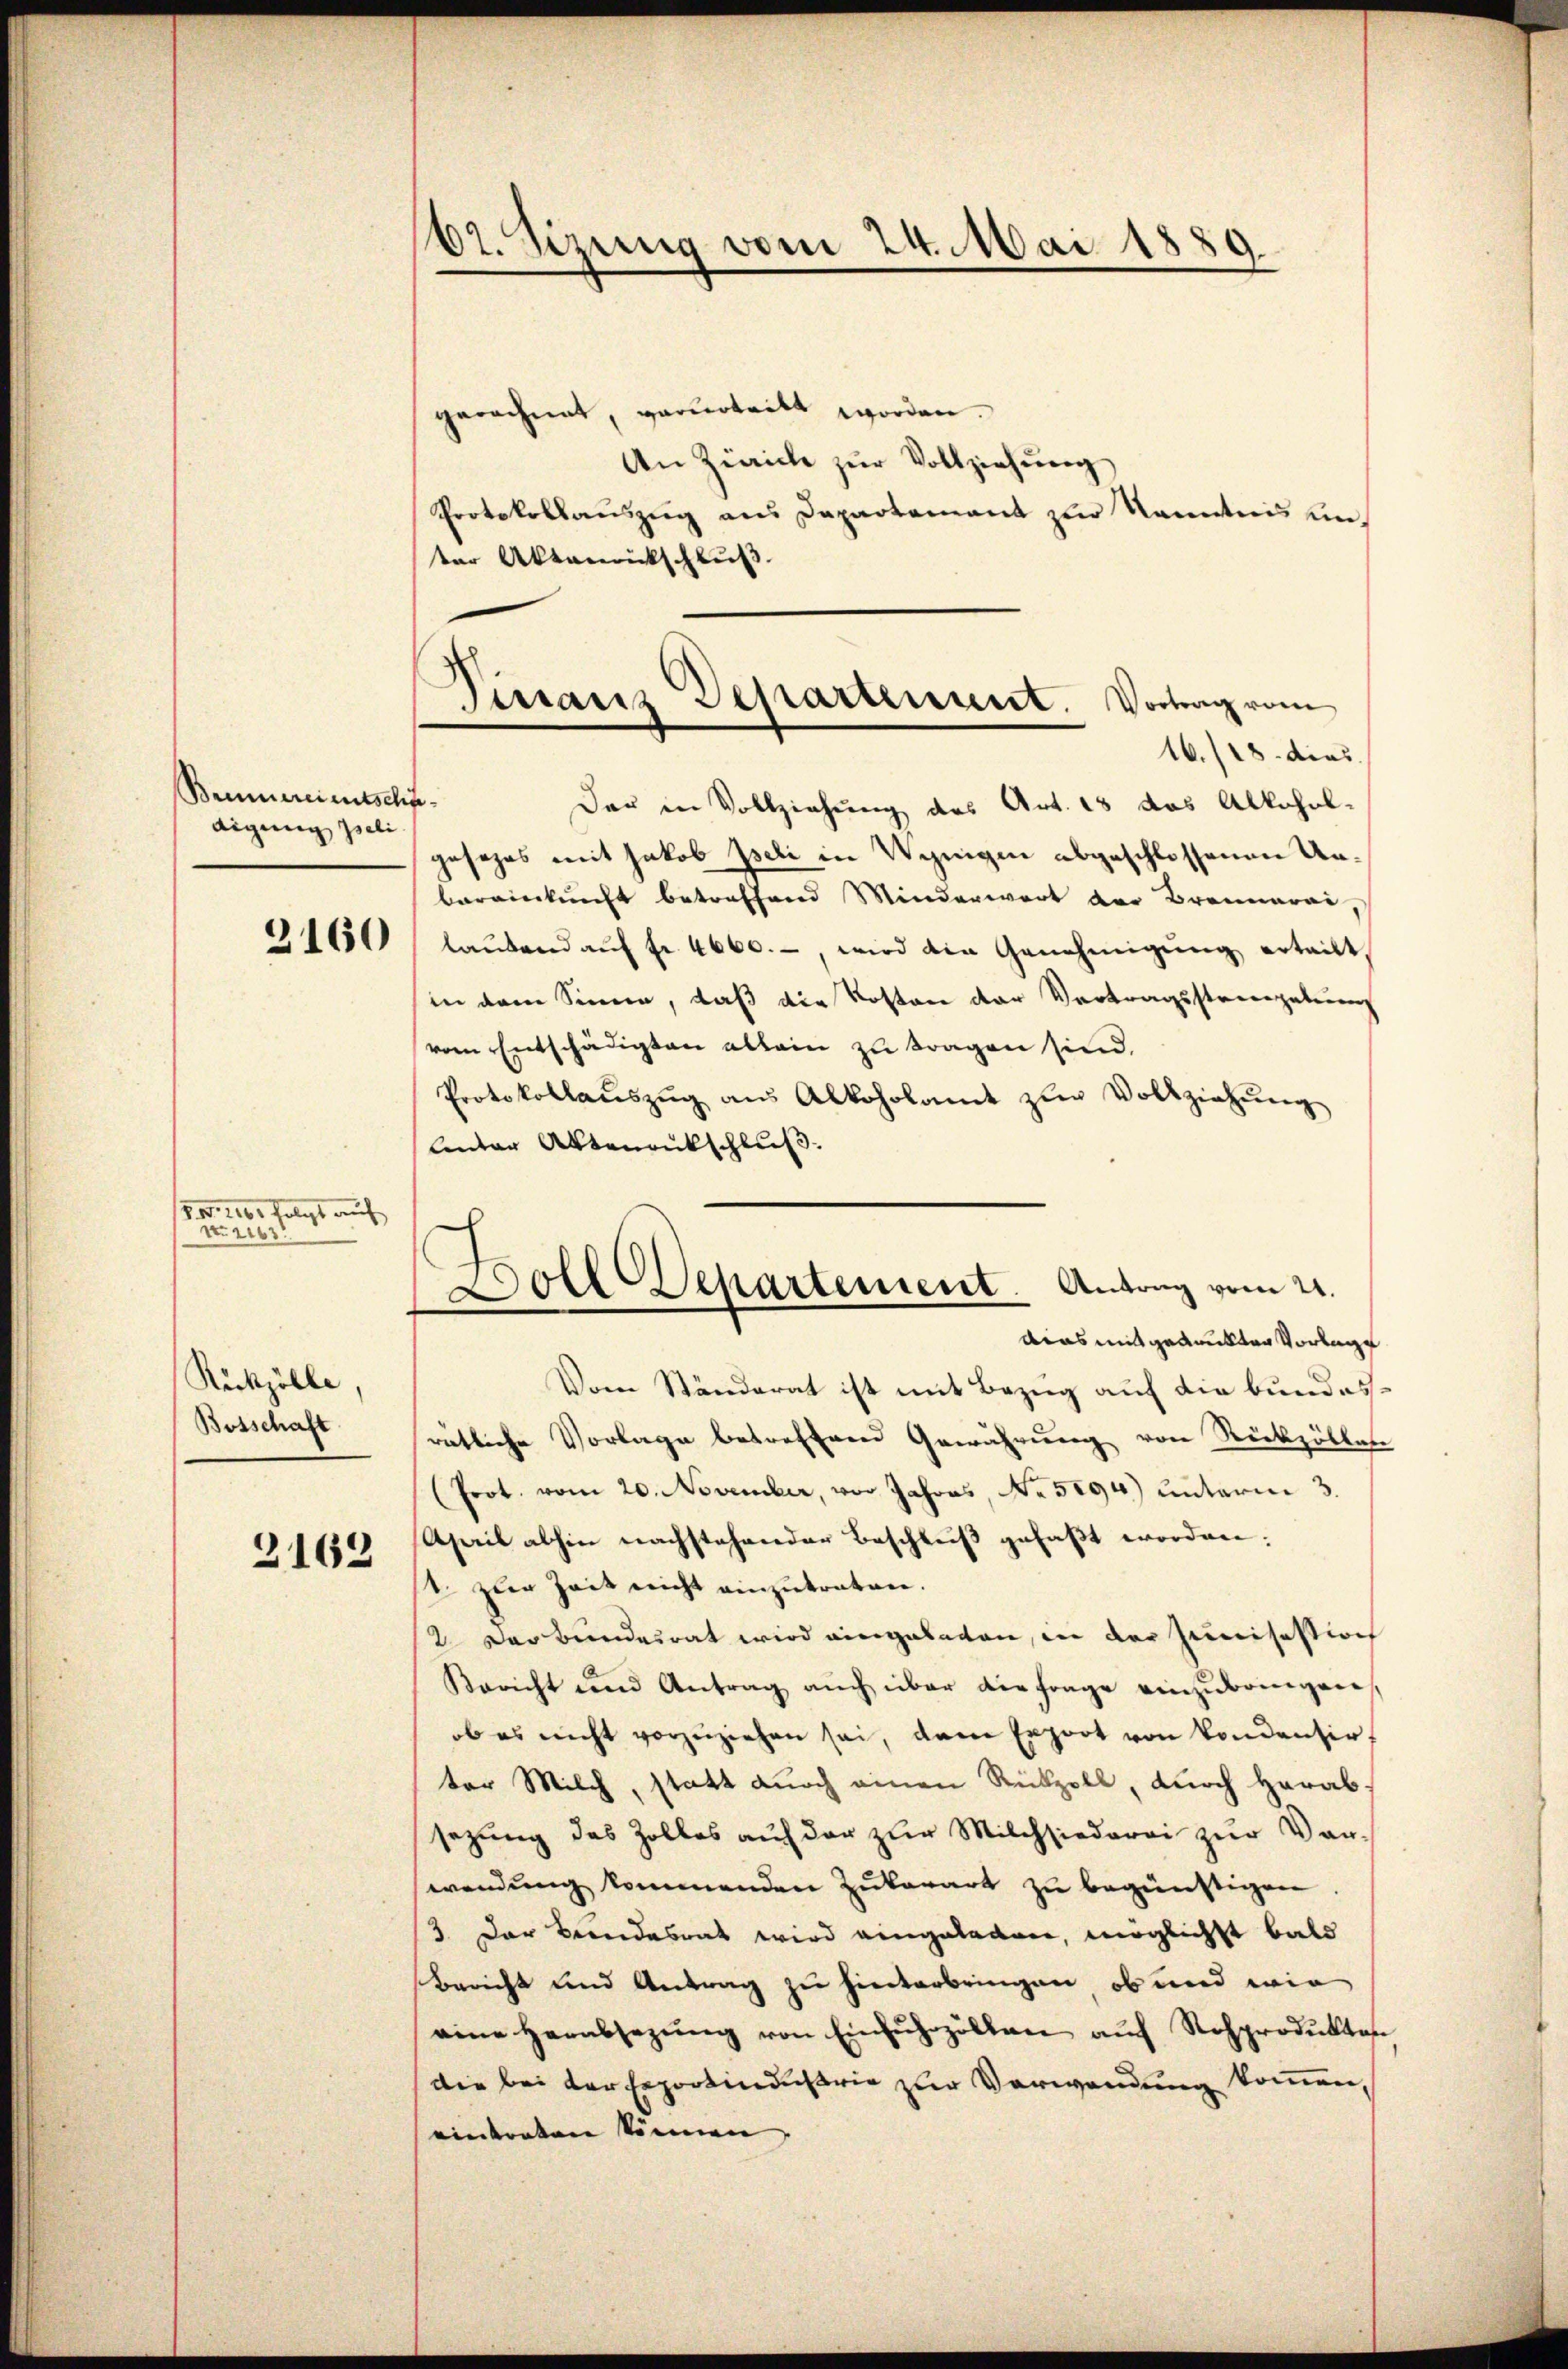
Bemereitschiedigung geli

2160

1880, 1161 folgt auf
Nr 2

Rückzölle,
Botschaft

3162

62. Sizung vom 24. Mai 1889.

gerechnet, verurteilt worden.
An Zürich zur Vollziehung
Protokollauszug aus Departement zur Kenntnis unter Aktenrückschluß.

Der in Vollziehung des Art. 13 das Alkohol-
gesezes mit Jakob peli in Wenigen abgeschlossenen Unbereinkunft betreffend Minderwart der Brannara,
laŭbend aŭf fr. 4600.-, wird die Genehmigŭng erteilt,
in dem Sinne, daß die Kosten der Vertragsstrengebung
vom Entschädigten allein zu tragen sind.
Protokollaŭszŭg aŭs Alkoholamt zŭr Vollziehŭng
Unter Aktenankschluß.
dias mit gedankten Vorlage
Vom Ständerat ist mit Bezug auf die bundesratliche Vorlage betreffend Gewährung von Rückzöllen
(Prot. vom 20. November, vor Jahres, No 5294) unterm 3.
April abhin nachstehender Beschlŭβ gefaßt worden:
1 zur Zeit nicht einzutraten.
2 Der Bundesrat wird eingebeten, in der Junisestion
Bericht und Antrag auch über die Frage einzubringen
ob es nicht vorzuziehen sei, dann Export von kondensir
ter Milch, statt durch einen Rückzoll, durch herabsezung des Zolles auf der zŭr Milchsiederei zŭr Vor-
wendung kommenden Zukerart zu begünstigen
3. Der Beendesrat wird eingeladen, möglichst bald
Bericht und Antrag zu hinterbringen, ob und wie
eine herabsetzŭng von Einfuhrzöllen aŭf Rosprodukten
die bei der Exportindustrie zur Verwendung kommen,
eintraten können, |

Vistanz Departement. Vortrag vom
16./18. dies

Doll Departement. Antrag vom 21.